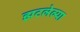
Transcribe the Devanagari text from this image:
झटलेल्या